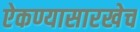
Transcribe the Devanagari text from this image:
ऐकण्यासारखेच